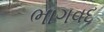
ભાગવદ